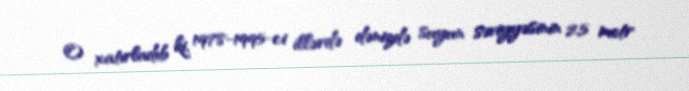
O xatırladıb ki, 1978-1995-ci illərdə dənizdə suyun səviyyəsinin 2,5 metr